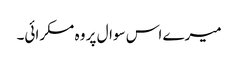
میرے اس سوال پر وہ مسکرائی۔